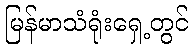
မြန်မာသံရုံးရှေ့တွင်